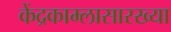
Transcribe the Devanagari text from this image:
केंद्रकाम्लासारख्या